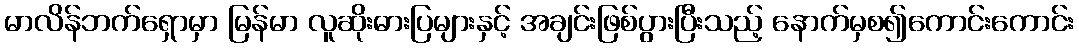
မာလိန်ဘက်ရှောမှာ မြန်မာ လူဆိုးဓားပြများနှင့် အချင်းဖြစ်ပွားပြီးသည့် နောက်မှစ၍ကောင်းကောင်း